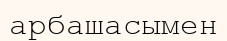
арбашасымен